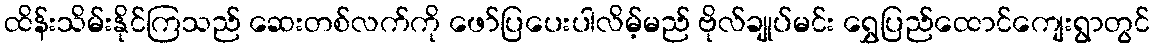
ထိန်းသိမ်းနိုင်ကြသည် ဆေးတစ်လက်ကို ဖော်ပြပေးပါလိမ့်မည် ဗိုလ်ချုပ်မင်း ရွှေပြည်ထောင်ကျေးရွာတွင်